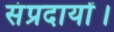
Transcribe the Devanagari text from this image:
संप्रदायों।